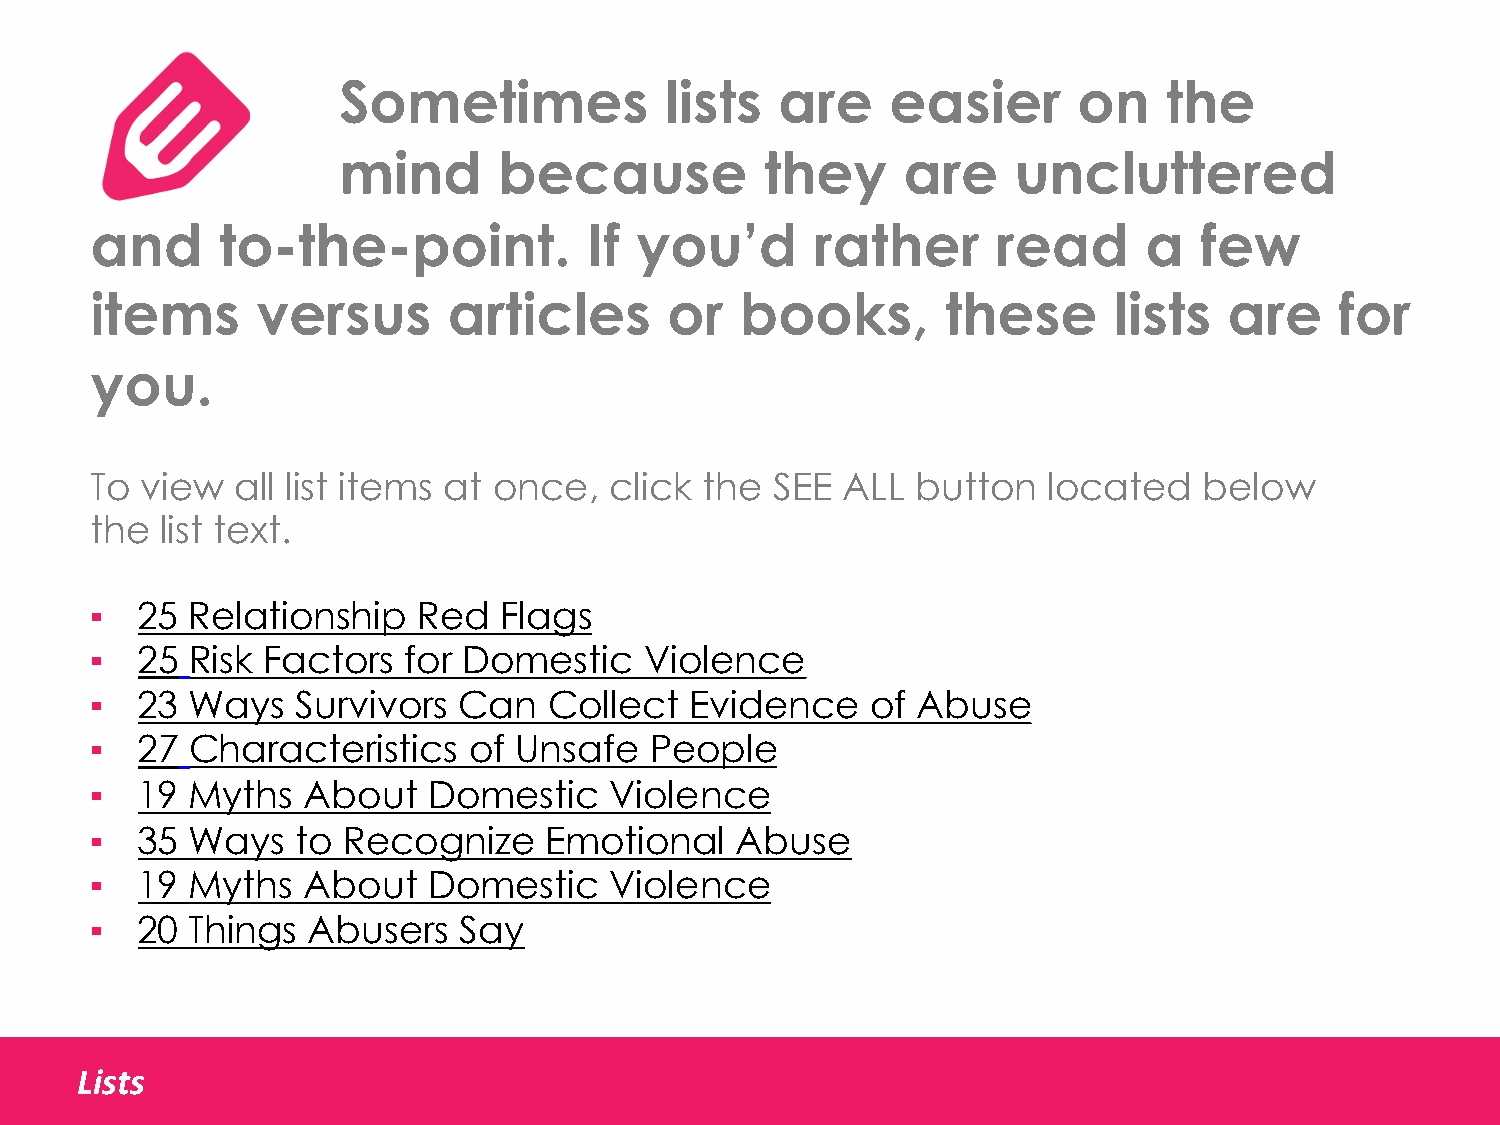
Sometimes             lists   are    easier      on    the
 mind       because           they     are    uncluttered
 and     to-the-point.            If you’d       rather      read      a  few
 items      versus       articles      or   books,        these      lists  are     for
 you.
 To view   all list items at once, click  the SEE  ALL  button  located    below
 the  list text.
 ▪  25  Relationship   Red  Flags
 ▪  25  Risk Factors  for Domestic    Violence
 ▪  23  Ways   Survivors Can   Collect   Evidence    of Abuse
 ▪  27  Characteristics   of Unsafe   People
 ▪  19  Myths  About   Domestic    Violence
 ▪  35  Ways   to Recognize    Emotional    Abuse
 ▪  19  Myths  About   Domestic    Violence
 ▪  20  Things Abusers   Say
 Lists